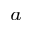
^ a